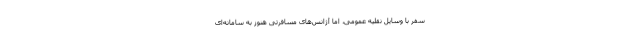
سفر با وسایل نقلیه عمومی، اما آژانس‌های مسافرتی هنوز به سامانه‌ای